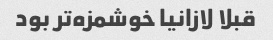
قبلا لازانیا خوشمزه‌تر بود